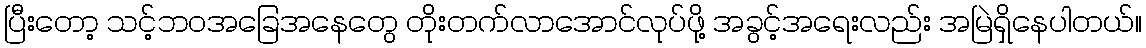
ပြီးတော့ သင့်ဘဝအခြေအနေတွေ တိုးတက်လာအောင်လုပ်ဖို့ အခွင့်အရေးလည်း အမြဲရှိနေပါတယ်။